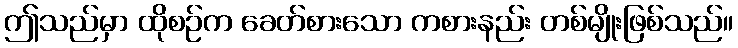
ဤသည်မှာ ထိုစဉ်က ခေတ်စားသော ကစားနည်း တစ်မျိုးဖြစ်သည်။